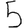
Digit: 5